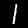
Label: 1